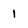
Character: 1